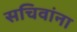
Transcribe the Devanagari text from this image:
सचिवांना